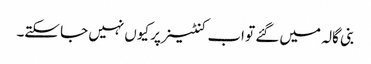
بنی گالہ میں گئے تو اب کنٹینر پر کیوں نہیں جا سکتے۔